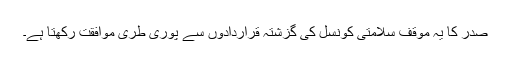
صدر کا یہ موقف سلامتی کونسل کی گزشتہ قراردادوں سے پوری طری موافقت رکھتا ہے۔